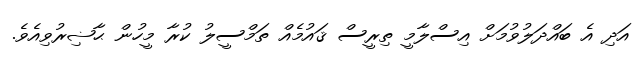
އަދި އެ ބައްދަލުވުމަށް އިސްލާމީ ތިރީސް ޤައުމެއް ތަމްސީލު ކުރާ މީހުން ޙާޟިރުވިއެވެ.